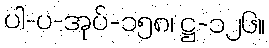
ပါ-ပ-အုပ်-၁၅၈၊ ဋ္ဌ-၁၂၆။